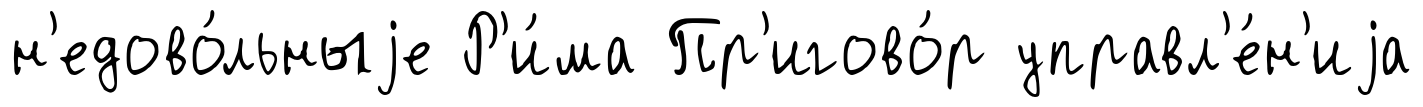
н'едово́льныjе Р'и́ма Пр'игово́р управл'е́н'иjа